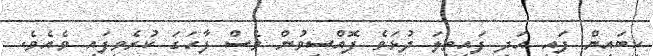
ކިބައިން ފައި އަދި ފައިތިލަ ދުޅަވެ ފޮއްސިވުން ވެސް ފާހަގަ ކުރެވިފައި ވެއެވެ.